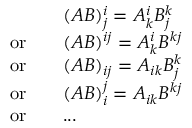
\begin{array} { r l } & { ( A B ) ^ { i } _ { j } = A ^ { i } _ { k } B ^ { k } _ { j } } \\ { \mathrm { o r } \quad } & { ( A B ) ^ { i j } = A ^ { i } _ { k } B ^ { k j } } \\ { \mathrm { o r } \quad } & { ( A B ) _ { i j } = A _ { i k } B ^ { k } _ { j } } \\ { \mathrm { o r } \quad } & { ( A B ) _ { i } ^ { j } = A _ { i k } B ^ { k j } } \\ { \mathrm { o r } \quad } & { . . . } \end{array}